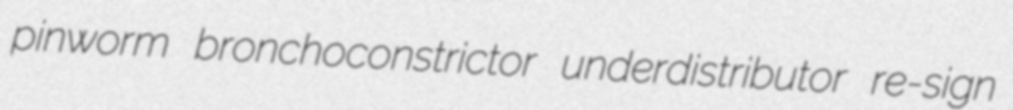
pinworm bronchoconstrictor underdistributor re-sign